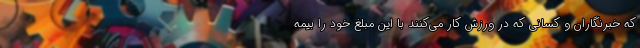
که خبرنگاران و کسانی که در ورزش کار می‌کنند با این مبلغ خود را بیمه